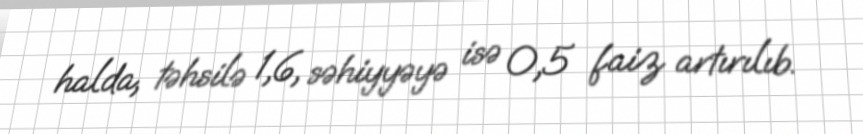
halda, təhsilə 1,6, səhiyyəyə isə 0,5 faiz artırılıb.